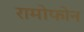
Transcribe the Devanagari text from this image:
रामोफोन